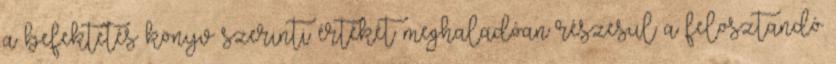
a befektetés könyv szerinti értékét meghaladóan részesül a felosztandó